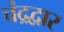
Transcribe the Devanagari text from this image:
चंद्रद्वार